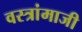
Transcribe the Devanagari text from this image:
वस्त्रांमाजी